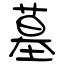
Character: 墓